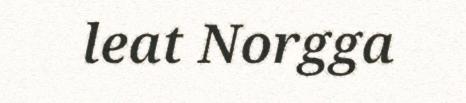
leat Norgga